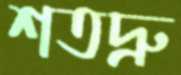
শতদ্রু